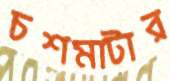
চশমাটার